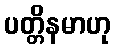
ပတ္တိနမာဟု